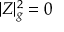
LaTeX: | Z | _ { g } ^ { 2 } = 0